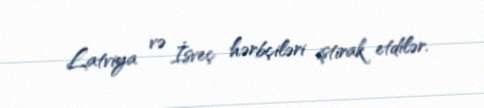
Latviya və İsveç hərbçiləri iştirak etdilər.